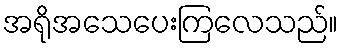
အရိုအသေပေးကြလေသည်။